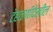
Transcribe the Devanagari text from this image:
टेहळणीदेखील